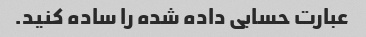
عبارت حسابی داده شده را ساده کنید.